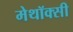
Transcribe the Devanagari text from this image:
मेथॉक्सी